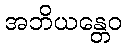
အဘိယန္တေဝ